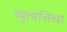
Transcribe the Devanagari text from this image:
व्युत्पत्तिचा